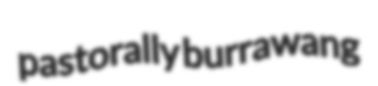
pastorally burrawang